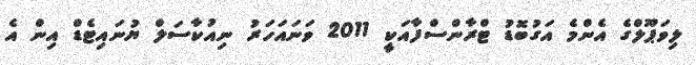
ލިވަޕޫލްގެ އެންމެ އަގުބޮޑު ޓްރާންސްފާއަކީ 2011 ވަނައަހަރު ނިއުކާސަލް ޔުނައިޓެޑް އިން އެ